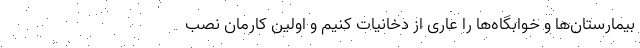
بیمارستان‌ها و خوابگاه‌ها را عاری از دخانیات کنیم و اولین کارمان نصب